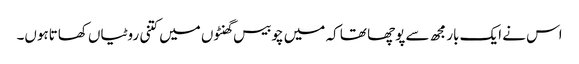
اس نے ایک بار مجھ سے پوچھا تھا کہ میں چوبیس گھنٹوں میں کتنی روٹیاں کھاتاہوں۔